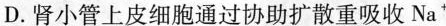
D.肾小管上皮细胞通过协助扩散重吸收Na